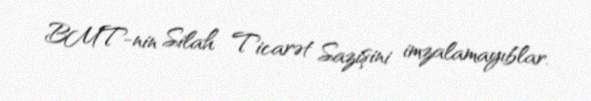
BMT-nin Silah Ticarət Sazişini imzalamayıblar.